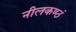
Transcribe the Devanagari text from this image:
नीलकण्ठं